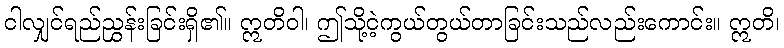
ငါလျှင်ရည်ညွှန်းခြင်းရှိ၏။ ဣတိဝါ၊ ဤသို့ငဲ့ကွယ်တွယ်တာခြင်းသည်လည်းကောင်း။ ဣတိ၊